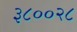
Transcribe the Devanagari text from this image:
३८००२८